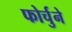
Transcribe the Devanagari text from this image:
फोर्चुने